Civil Veterinary Dept. North-West Frontier Province 1923-32 - 1923-1932
Year: 1923
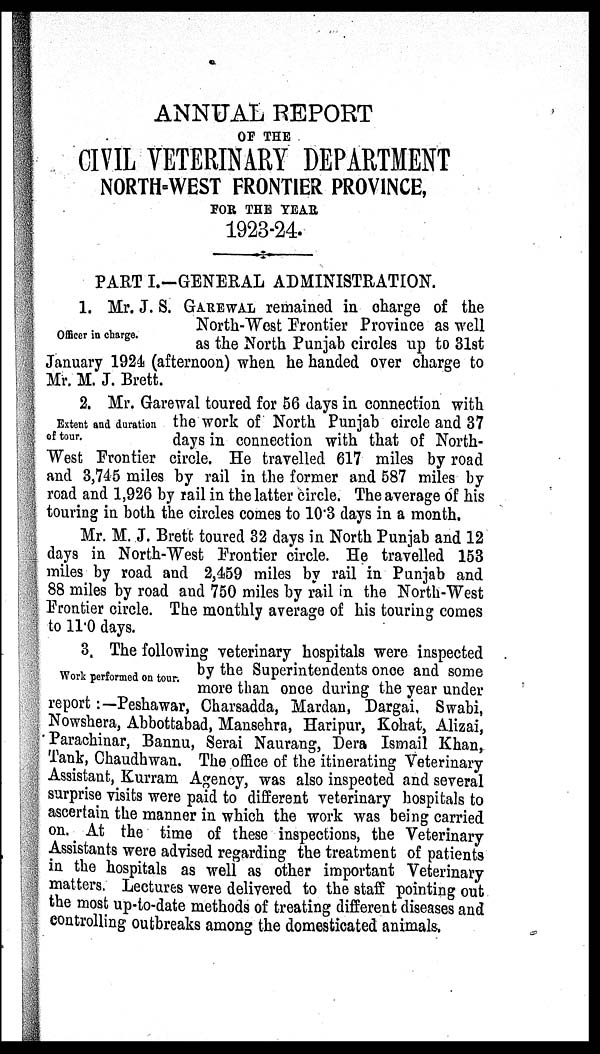
ANNUAL REPORT
OF THE
CIVIL VETERINARY DEPARTMENT
NORTH-WEST FRONTIER PROVINCE,
FOR THE YEAR
1923-24.
PART I.-GENERAL ADMINISTRATION.
Officer in charge.
1. Mr. J. S. GAREWAL remained in charge of the
North-West Frontier Province as well
as the North Punjab circles up to 31st
January 1924 (afternoon) when he handed over charge to
Mr. M. J. Brett.
Extent and duration
of tour.
2. Mr. Garewal toured for 56 days in connection with
the work of North Punjab circle and 37
days in connection with that of North-
West Frontier circle. He travelled 617 miles by road
and 3,745 miles by rail in the former and 587 miles by
road and 1,926 by rail in the latter circle. The average of his
touring in both the circles comes to 10.3 days in a month.
Mr. M. J. Brett toured 32 days in North Punjab and 12
days in North-West Frontier circle. He travelled 153
miles by road and 2,459 miles by rail in Punjab and
88 miles by road and 750 miles by rail in the North-West
Frontier circle. The monthly average of his touring comes
to 11.0 days.
Work performed on tour.
3. The following veterinary hospitals were inspected
by the Superintendents once and some
more than once during the year under
report :—Peshawar, Charsadda, Mardan, Dargai, Swabi,
Nowshera, Abbottabad, Mansehra, Haripur, Kohat, Alizai,
Parachinar, Bannu, Serai Naurang, Dera Ismail Khan,
Tank, Chaudhwan. The office of the itinerating Veterinary
Assistant, Kurram Agency, was also inspected and several
surprise visits were paid to different veterinary hospitals to
ascertain the manner in which the work was being carried
on. At the time of these inspections, the Veterinary
Assistants were advised regarding the treatment of patients
in the hospitals as well as other important Veterinary
matters. Lectures were delivered to the staff pointing out
the most up-to-date methods of treating different diseases and
controlling outbreaks among the domesticated animals.